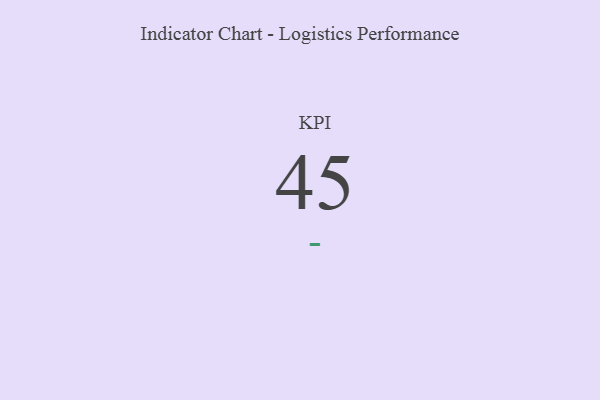
{"axis": {"x": "KPI", "y": "Value"}, "legend": [""], "data": [{"x": "KPI", "y": 45, "type": ""}]}